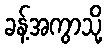
ခန့်အကွာသို့